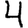
Digit: 4